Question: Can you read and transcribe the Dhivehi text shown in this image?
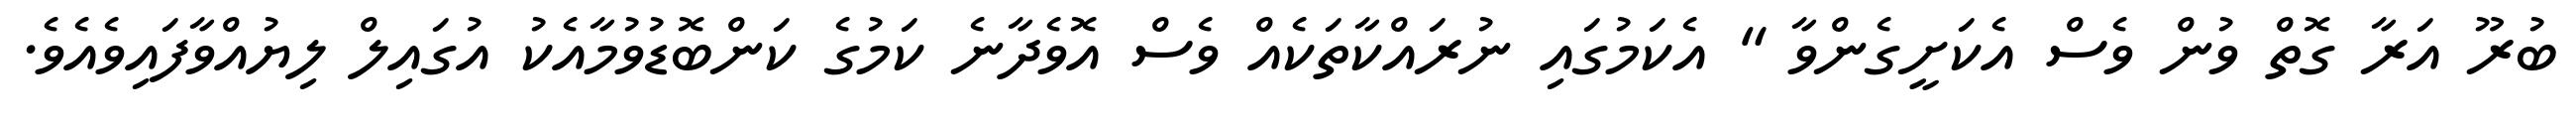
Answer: ބުރޫ އަރާ ގޮތް ވުން ވެސް އެކަށީގެންވާ " އެކަމުގައި ނުރައްކާތަކެއް ވެސް އޮވެދާނެ ކަމުގެ ކަންބޮޑުވުމާއެކު އުގައިލް ލިޔުއްވާފައިވެއެވެ.